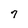
Character: 7